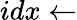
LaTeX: idx\gets